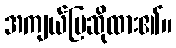
အကျယ်ပြဆိုထား၏။